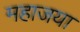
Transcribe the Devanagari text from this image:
महाजया